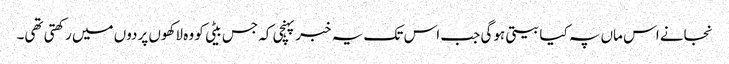
نجانے اس ماں پہ کیا بیتی ہوگی جب اس تک یہ خبر پہنچی کہ جس بیٹی کو وہ لاکھوں پردوں میں رکھتی تھی۔